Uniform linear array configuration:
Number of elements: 48
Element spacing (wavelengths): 0.25
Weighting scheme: blackman
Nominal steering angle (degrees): -15
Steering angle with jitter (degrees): -16.767
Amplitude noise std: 0.05
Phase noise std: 0.05

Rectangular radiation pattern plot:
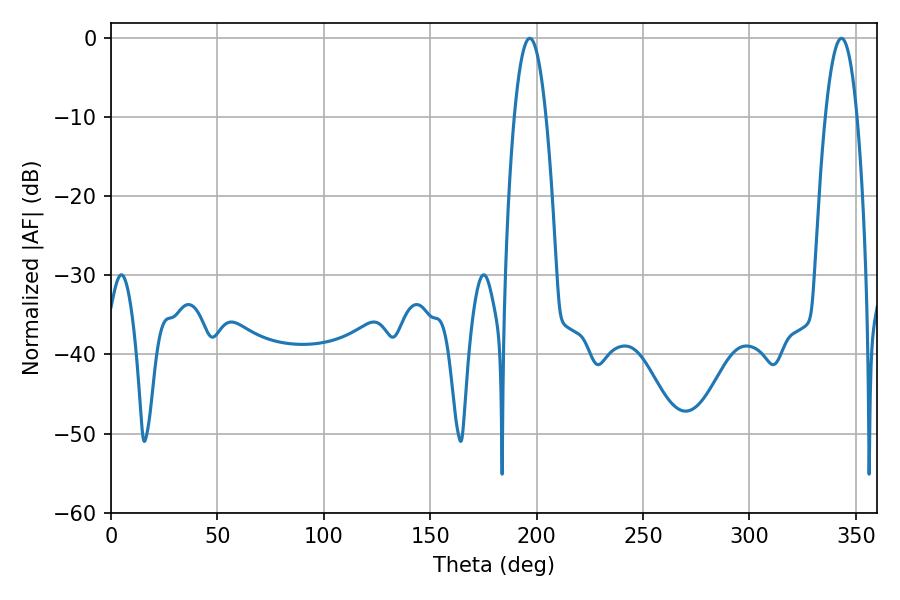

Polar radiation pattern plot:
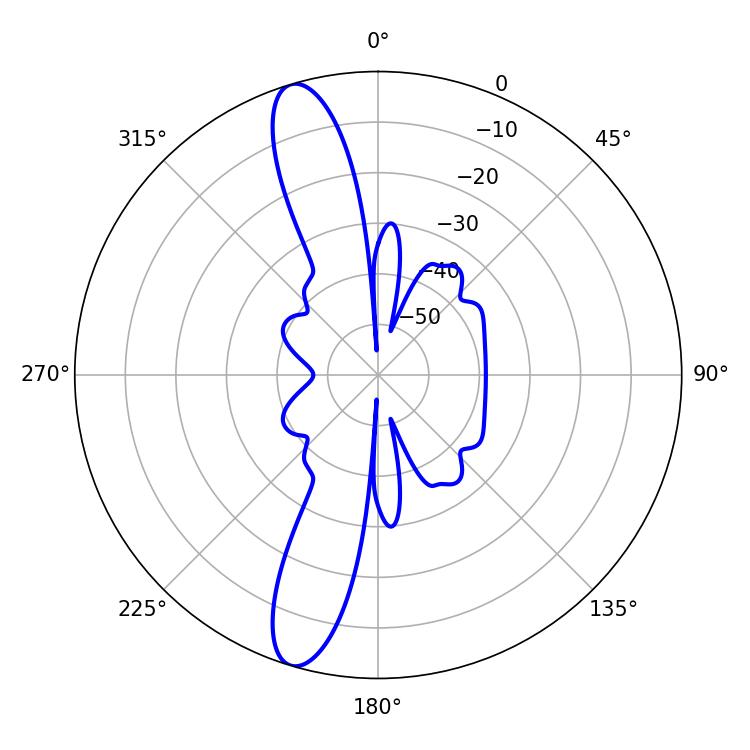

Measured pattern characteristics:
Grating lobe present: FALSE
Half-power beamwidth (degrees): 8.1
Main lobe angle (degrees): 196.74